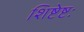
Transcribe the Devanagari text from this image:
शिष्टेष्टः